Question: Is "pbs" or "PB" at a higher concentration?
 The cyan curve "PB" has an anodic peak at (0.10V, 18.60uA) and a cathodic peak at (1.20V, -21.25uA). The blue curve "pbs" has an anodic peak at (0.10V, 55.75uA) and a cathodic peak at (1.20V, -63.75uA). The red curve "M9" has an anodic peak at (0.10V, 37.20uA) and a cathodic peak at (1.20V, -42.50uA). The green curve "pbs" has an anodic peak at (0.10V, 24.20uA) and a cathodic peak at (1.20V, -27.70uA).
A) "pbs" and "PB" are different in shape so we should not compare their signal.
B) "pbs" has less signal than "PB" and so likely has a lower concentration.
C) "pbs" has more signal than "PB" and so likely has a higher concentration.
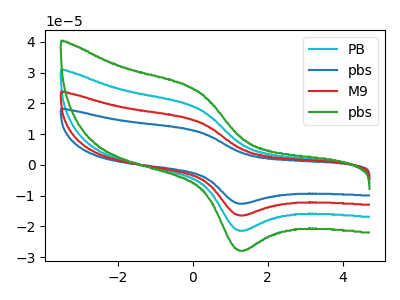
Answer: <think>All the peaks in "pbs" have a peak in "PB" at the same potential. Every peak in "pbs" is higher than every peak in "PB".
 </think>
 <answer>C) "pbs" has more signal than "PB" and so likely has a higher concentration.</answer>
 <eval>C</eval>